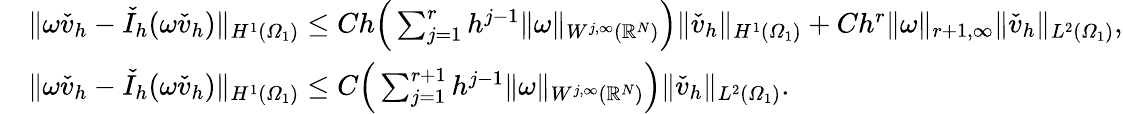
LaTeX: \begin{array}{rl}&{\| \omega\check{v}_{h}-\check{I}_{h}(\omega\check{v}_{h})\| _{H^{1}(\varOmega_{1})}\leq Ch\Big(\sum_{j=1}^{r}h^{j-1}\| \omega\| _{W^{j,\infty}(\mathbb{R}^{N})}\Big)\| \check{v}_{h}\| _{H^{1}(\varOmega_{1})}+Ch^{r}\| \omega\| _{r+1,\infty}\| \check{v}_{h}\| _{L^{2}(\varOmega_{1})},}\\ &{\| \omega\check{v}_{h}-\check{I}_{h}(\omega\check{v}_{h})\| _{H^{1}(\varOmega_{1})}\leq C\Big(\sum_{j=1}^{r+1}h^{j-1}\| \omega\| _{W^{j,\infty}(\mathbb{R}^{N})}\Big)\| \check{v}_{h}\| _{L^{2}(\varOmega_{1})}.}\end{array}